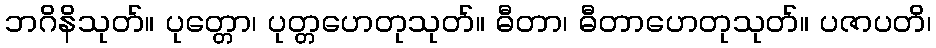
ဘဂိနိသုတ်။ ပုတ္တော၊ ပုတ္တဟေတုသုတ်။ ဓီတာ၊ ဓီတာဟေတုသုတ်။ ပဇာပတိ၊